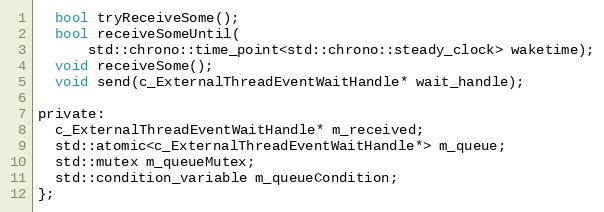
Language: C
  bool tryReceiveSome();
  bool receiveSomeUntil(
      std::chrono::time_point<std::chrono::steady_clock> waketime);
  void receiveSome();
  void send(c_ExternalThreadEventWaitHandle* wait_handle);

private:
  c_ExternalThreadEventWaitHandle* m_received;
  std::atomic<c_ExternalThreadEventWaitHandle*> m_queue;
  std::mutex m_queueMutex;
  std::condition_variable m_queueCondition;
};